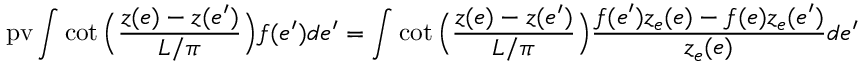
\mathrm { p v } \int \cot \Big ( \frac { z ( e ) - z ( e ^ { \prime } ) } { L / \pi } \Big ) f ( e ^ { \prime } ) d e ^ { \prime } = \int \cot \Big ( \frac { z ( e ) - z ( e ^ { \prime } ) } { L / \pi } \Big ) \frac { f ( e ^ { \prime } ) z _ { e } ( e ) - f ( e ) z _ { e } ( e ^ { \prime } ) } { z _ { e } ( e ) } d e ^ { \prime }